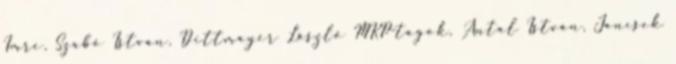
Imre, Szabó István, Dittmayer László MKP-tagok, Antal István, Jancsek